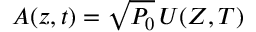
A ( z , t ) = \sqrt { P _ { 0 } } \, U ( Z , T )